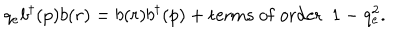
q _ { e } b ^ { \dagger } ( p ) b ( r ) = b ( r ) b ^ { \dagger } ( p ) + \mathrm { t e r m s ~ o f ~ o r d e r } ~ ~ 1 - q _ { e } ^ { 2 } .